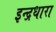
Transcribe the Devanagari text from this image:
इन्द्रधारा